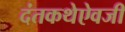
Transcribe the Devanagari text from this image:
दंतकथेऐवजी